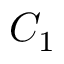
C _ { 1 }